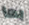
بما